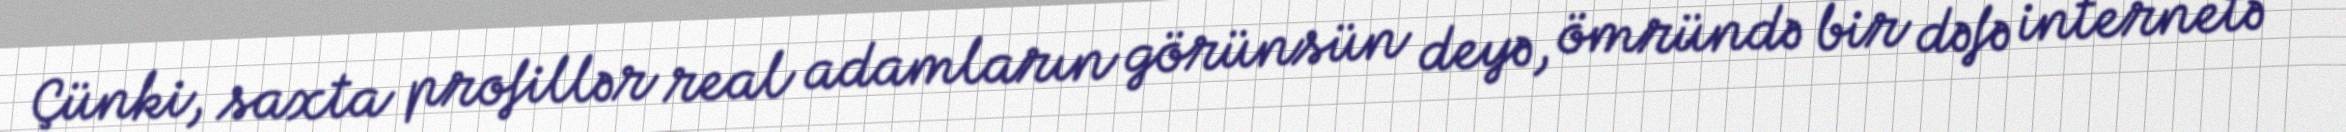
Çünki, saxta profillər real adamların görünsün deyə, ömründə bir dəfə internetə